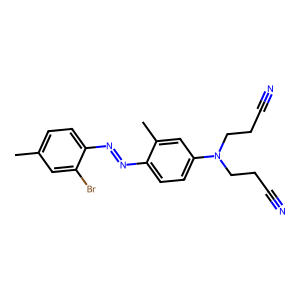
SMILES: Cc1ccc(N=Nc2ccc(N(CCC#N)CCC#N)cc2C)c(Br)c1
Inhibits HIV replication: No